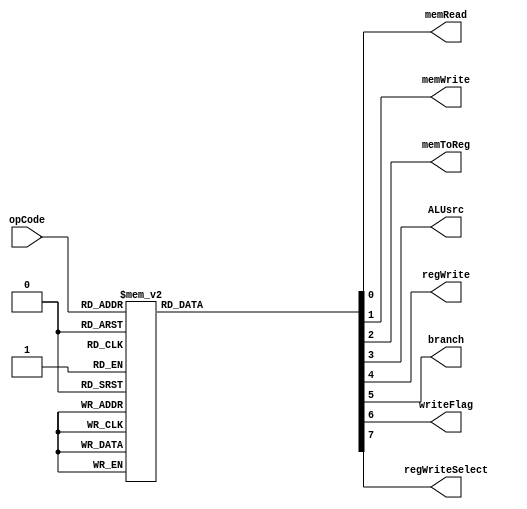
module control(opCode, memRead, memWrite, memToReg, ALUsrc, regWrite, branch, writeFlag, regWriteSelect);
input wire [3:0] opCode ;
output reg memRead; //1 if mem should be read, 0 if not
output reg memWrite; //1 if memWrite enabled
output reg memToReg; //1 if mem should be read from ALU supplied address, 0 if ALU value passed back
output reg ALUsrc;   //1 is Rt (from inst[3:0]) , 0 is sign extended immediate (inst [3:0] or however big immediate is)
output reg regWrite; //1 if reg should be written, 0 if not
output reg branch; // 1 if branch logic should be checked, 0 if not
output reg writeFlag; //1 if flag values should be updated based on ALU result, 0 if not
output reg regWriteSelect; //select between (0)PC data and (1) alu/memory data to write to reg

//case statement to assign outputs for each possible opcode
always@* case(opCode)

4'b0000 : begin //ADD
memRead = 0;
memWrite = 0;
memToReg = 0;
ALUsrc = 1;
regWrite = 1;
branch = 0;
writeFlag = 1;
regWriteSelect = 1;
end

4'b0001 : begin //SUB
memRead = 0;
memWrite = 0;
memToReg = 0;
ALUsrc = 1;
regWrite = 1;
branch = 0;
writeFlag = 1;
regWriteSelect = 1;
end

4'b0010 : begin //XOR
memRead = 0;
memWrite = 0;
memToReg = 0;
ALUsrc = 1;
regWrite = 1;
branch = 0;
writeFlag = 1;
regWriteSelect = 1;
end

4'b0011 : begin //RED
memRead = 0;
memWrite = 0;
memToReg = 0;
ALUsrc = 1;
regWrite = 1;
branch = 0;
writeFlag = 0;
regWriteSelect = 1;
end

4'b0100 : begin //SLL
memRead = 0;
memWrite = 0;
memToReg = 0;
ALUsrc = 0;
regWrite = 1;
branch = 0;
writeFlag = 1;
regWriteSelect = 1;
end

4'b0101 : begin //SRA
memRead = 0;
memWrite = 0;
memToReg = 0;
ALUsrc = 0;
regWrite = 1;
branch = 0;
writeFlag = 1;
regWriteSelect = 1;
end

4'b0110 : begin //ROR
memRead = 0;
memWrite = 0;
memToReg = 0;
ALUsrc = 0;
regWrite = 1;
branch = 0;
writeFlag = 1;
regWriteSelect = 1;
end

4'b0111 : begin //PADDSB
memRead = 0;
memWrite = 0;
memToReg = 0;
ALUsrc = 1;
regWrite = 1;
branch = 0;
writeFlag = 0;
regWriteSelect = 1;
end

4'b1000 : begin //LW
memRead = 1;
memWrite = 0;
memToReg = 1;
ALUsrc = 0;
regWrite = 1;
branch = 0;
writeFlag = 0;
regWriteSelect = 1;
end

4'b1001 : begin //SW
memRead = 0;
memWrite = 1;
memToReg = 0;
ALUsrc = 0;
regWrite = 0;
branch = 0;
writeFlag = 0;
regWriteSelect = 1;
end

4'b1010 : begin //LLB
memRead = 0;
memWrite = 0;
memToReg = 0;
ALUsrc = 0;
regWrite = 1;
branch = 0;
writeFlag = 0;
regWriteSelect = 1;
end

4'b1011 : begin //LHB
memRead = 0;
memWrite = 0;
memToReg = 0;
ALUsrc = 0;
regWrite = 1;
branch = 0;
writeFlag = 0;
regWriteSelect = 1;
end

4'b1100 : begin //B
memRead = 0;
memWrite = 0;
memToReg = 0;
ALUsrc = 1;
regWrite = 0;
branch = 1;
writeFlag = 0;
regWriteSelect = 1;
end

4'b1101 : begin //BR
memRead = 0;
memWrite = 0;
memToReg = 0;
ALUsrc = 1;
regWrite = 0;
branch = 1;
writeFlag = 0;
regWriteSelect = 1;
end

4'b1110 : begin //PCS
memRead = 0;
memWrite = 0;
memToReg = 0;
ALUsrc = 1;
regWrite = 1;
branch = 0;
writeFlag = 0;
regWriteSelect = 0;
end

default : begin  //HLT, 1'b1111
memRead = 0;
memWrite = 0;
memToReg = 0;
ALUsrc = 0;
regWrite = 0;
branch = 0;
writeFlag = 0;
regWriteSelect = 0;
end

endcase




endmodule